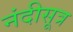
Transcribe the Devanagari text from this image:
नंदीसूत्र